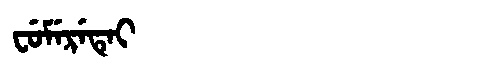
Manchu: ᠸᡠᠮᡝᡵᡝᡨᡝᡳ
Romanization: FUMERETEI